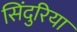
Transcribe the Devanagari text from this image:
सिंदुरिया